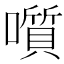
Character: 𡂒